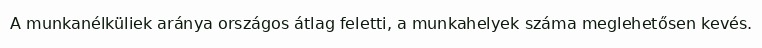
A munkanélküliek aránya országos átlag feletti, a munkahelyek száma meglehetősen kevés.